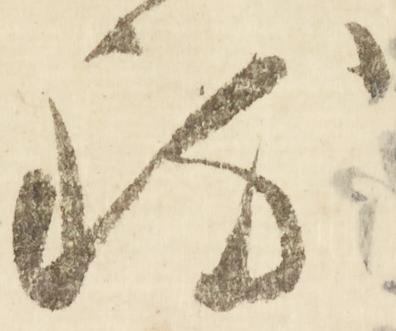
致